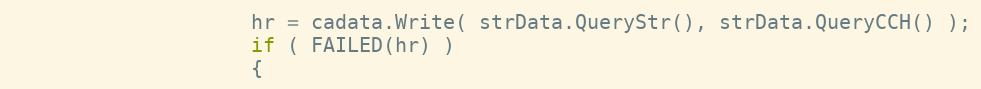
Language: C++
                    hr = cadata.Write( strData.QueryStr(), strData.QueryCCH() );
                    if ( FAILED(hr) )
                    {